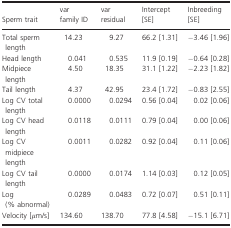
<table><thead><tr><td><b>Sperm trait</b></td><td><b>var family ID</b></td><td><b>var residual</b></td><td><b>Intercept [SE]</b></td><td><b>Inbreeding [SE]</b></td></tr></thead><tbody><tr><td>Total sperm length</td><td>14.23</td><td>9.27</td><td>66.2 [1.31]</td><td>−3.46 [1.96]</td></tr><tr><td>Head length</td><td>0.041</td><td>0.535</td><td>11.9 [0.19]</td><td>−0.64 [0.28]</td></tr><tr><td>Midpiece length</td><td>4.50</td><td>18.35</td><td>31.1 [1.22]</td><td>−2.23 [1.82]</td></tr><tr><td>Tail length</td><td>4.37</td><td>42.95</td><td>23.4 [1.72]</td><td>−0.83 [2.55]</td></tr><tr><td>Log CV total length</td><td>0.0000</td><td>0.0294</td><td>0.56 [0.04]</td><td>0.02 [0.06]</td></tr><tr><td>Log CV head length</td><td>0.0118</td><td>0.0111</td><td>0.79 [0.04]</td><td>0.00 [0.06]</td></tr><tr><td>Log CV midpiece length</td><td>0.0011</td><td>0.0282</td><td>0.92 [0.04]</td><td>0.11 [0.06]</td></tr><tr><td>Log CV tail length</td><td>0.0000</td><td>0.0174</td><td>1.14 [0.03]</td><td>0.12 [0.05]</td></tr><tr><td>Log (% abnormal) </td><td>0.0289</td><td>0.0483</td><td>0.72 [0.07]</td><td>0.51 [0.11]</td></tr><tr><td>Velocity [<i>μ</i>m/s]</td><td>134.60</td><td>138.70</td><td>77.8 [4.58]</td><td>−15.1 [6.71]</td></tr></tbody></table>